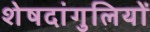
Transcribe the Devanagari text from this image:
शेषदांगुलियों